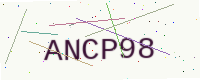
Text: ANCP98